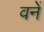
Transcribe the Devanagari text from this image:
वनें